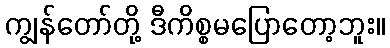
ကျွန်တော်တို့ ဒီကိစ္စမပြောတော့ဘူး။